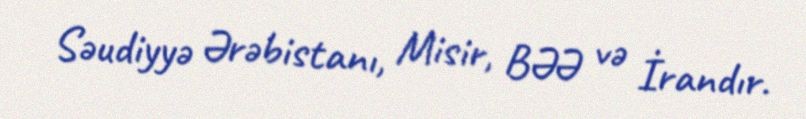
Səudiyyə Ərəbistanı, Misir, BƏƏ və İrandır.